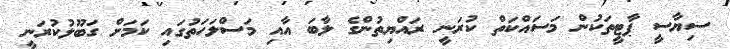
ސިޔާސީ ޕާޓީތަކުން މަސައްކަތް ކުރަނީ ރައްޔިތުންގެ ލާބަ އާއި މަސްލަހަތުގައި ކަމަށް ގަބޫލުކުރަނީ